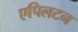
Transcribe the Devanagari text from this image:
एपिलटन